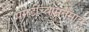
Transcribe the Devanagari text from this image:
पगडींच्यामतेमात्र